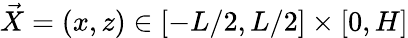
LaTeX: \vec{X}=(x,z)\in[-L/2,L/2]\times[0,H]